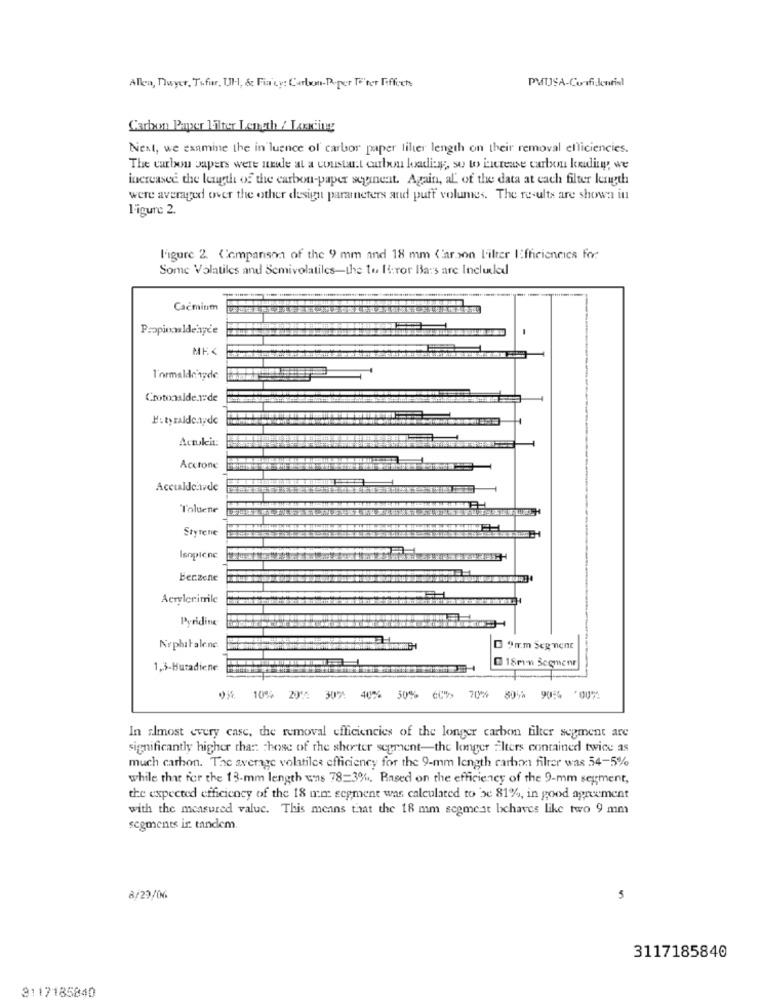
Allen, Dwyer, Tofur, Ul, &c Fia'cy: Carlwmn-Poper Te'ter Fiffoch
Carbon Paxer lilter Leneth / Landing
Next, we examine the in luence of carbor paper lilter length on their removal efficiencies.
The carbon papers were unde at a coustut carbon loading ;, so to hieresse carbon koding we
increasee the length of the carbon-paper seyinent. Again, aL' of the data at cach filter length
were averaged over the other design parameters and puff volumes. The results are shown in
l'igure 2.
Figure 2. Companson of the 9 mm and 18 mm Kar yon Filter Efficiencies for
Some Volatiles and Semivolatiles-the to It:ror Bars are Included
Cacmium
Propionaldenye
-
ME <
l'ormalde ryde
Crotonalde.r.de
H: tyraldc.aydc
Aunkit:
Acetone
Accualdehavde
Toluene
Styrene
Isopicne
berzene
Acrylerimle
Pyridine
NephiFalene
E 9mm Segment
1,3-Butadiene
18mm Scomenr
70%
10% 201% 30%: 40% 50%
80% 9054 00%
In almost every case, the removal efficiencies of the longer carbon filter segment are
significantly higher than those of the shorter segment-the longer alters contained twice as
much carbon. The average volatiles efficiency for the 9-mm length carbon filter was 54-5%
while that for the 13-mm length uns 78=3%. Based on the efficiency of the 9-mm segment,
the expected efficiency of the 18 mm segment was calculated to be 81%, in good agreement
with the measured value. This means that the 18 mm segment bchaves like two 9 mm
segments ir tandem.
8/29/06
5
3117185840
3117185840